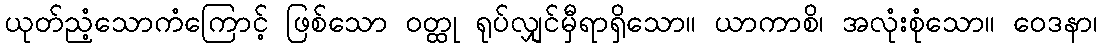
ယုတ်ညံ့သောကံကြောင့် ဖြစ်သော ဝတ္ထု ရုပ်လျှင်မှီရာရှိသော။ ယာကာစိ၊ အလုံးစုံသော။ ဝေဒနာ၊